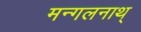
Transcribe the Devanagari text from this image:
मन्गलनाथ्